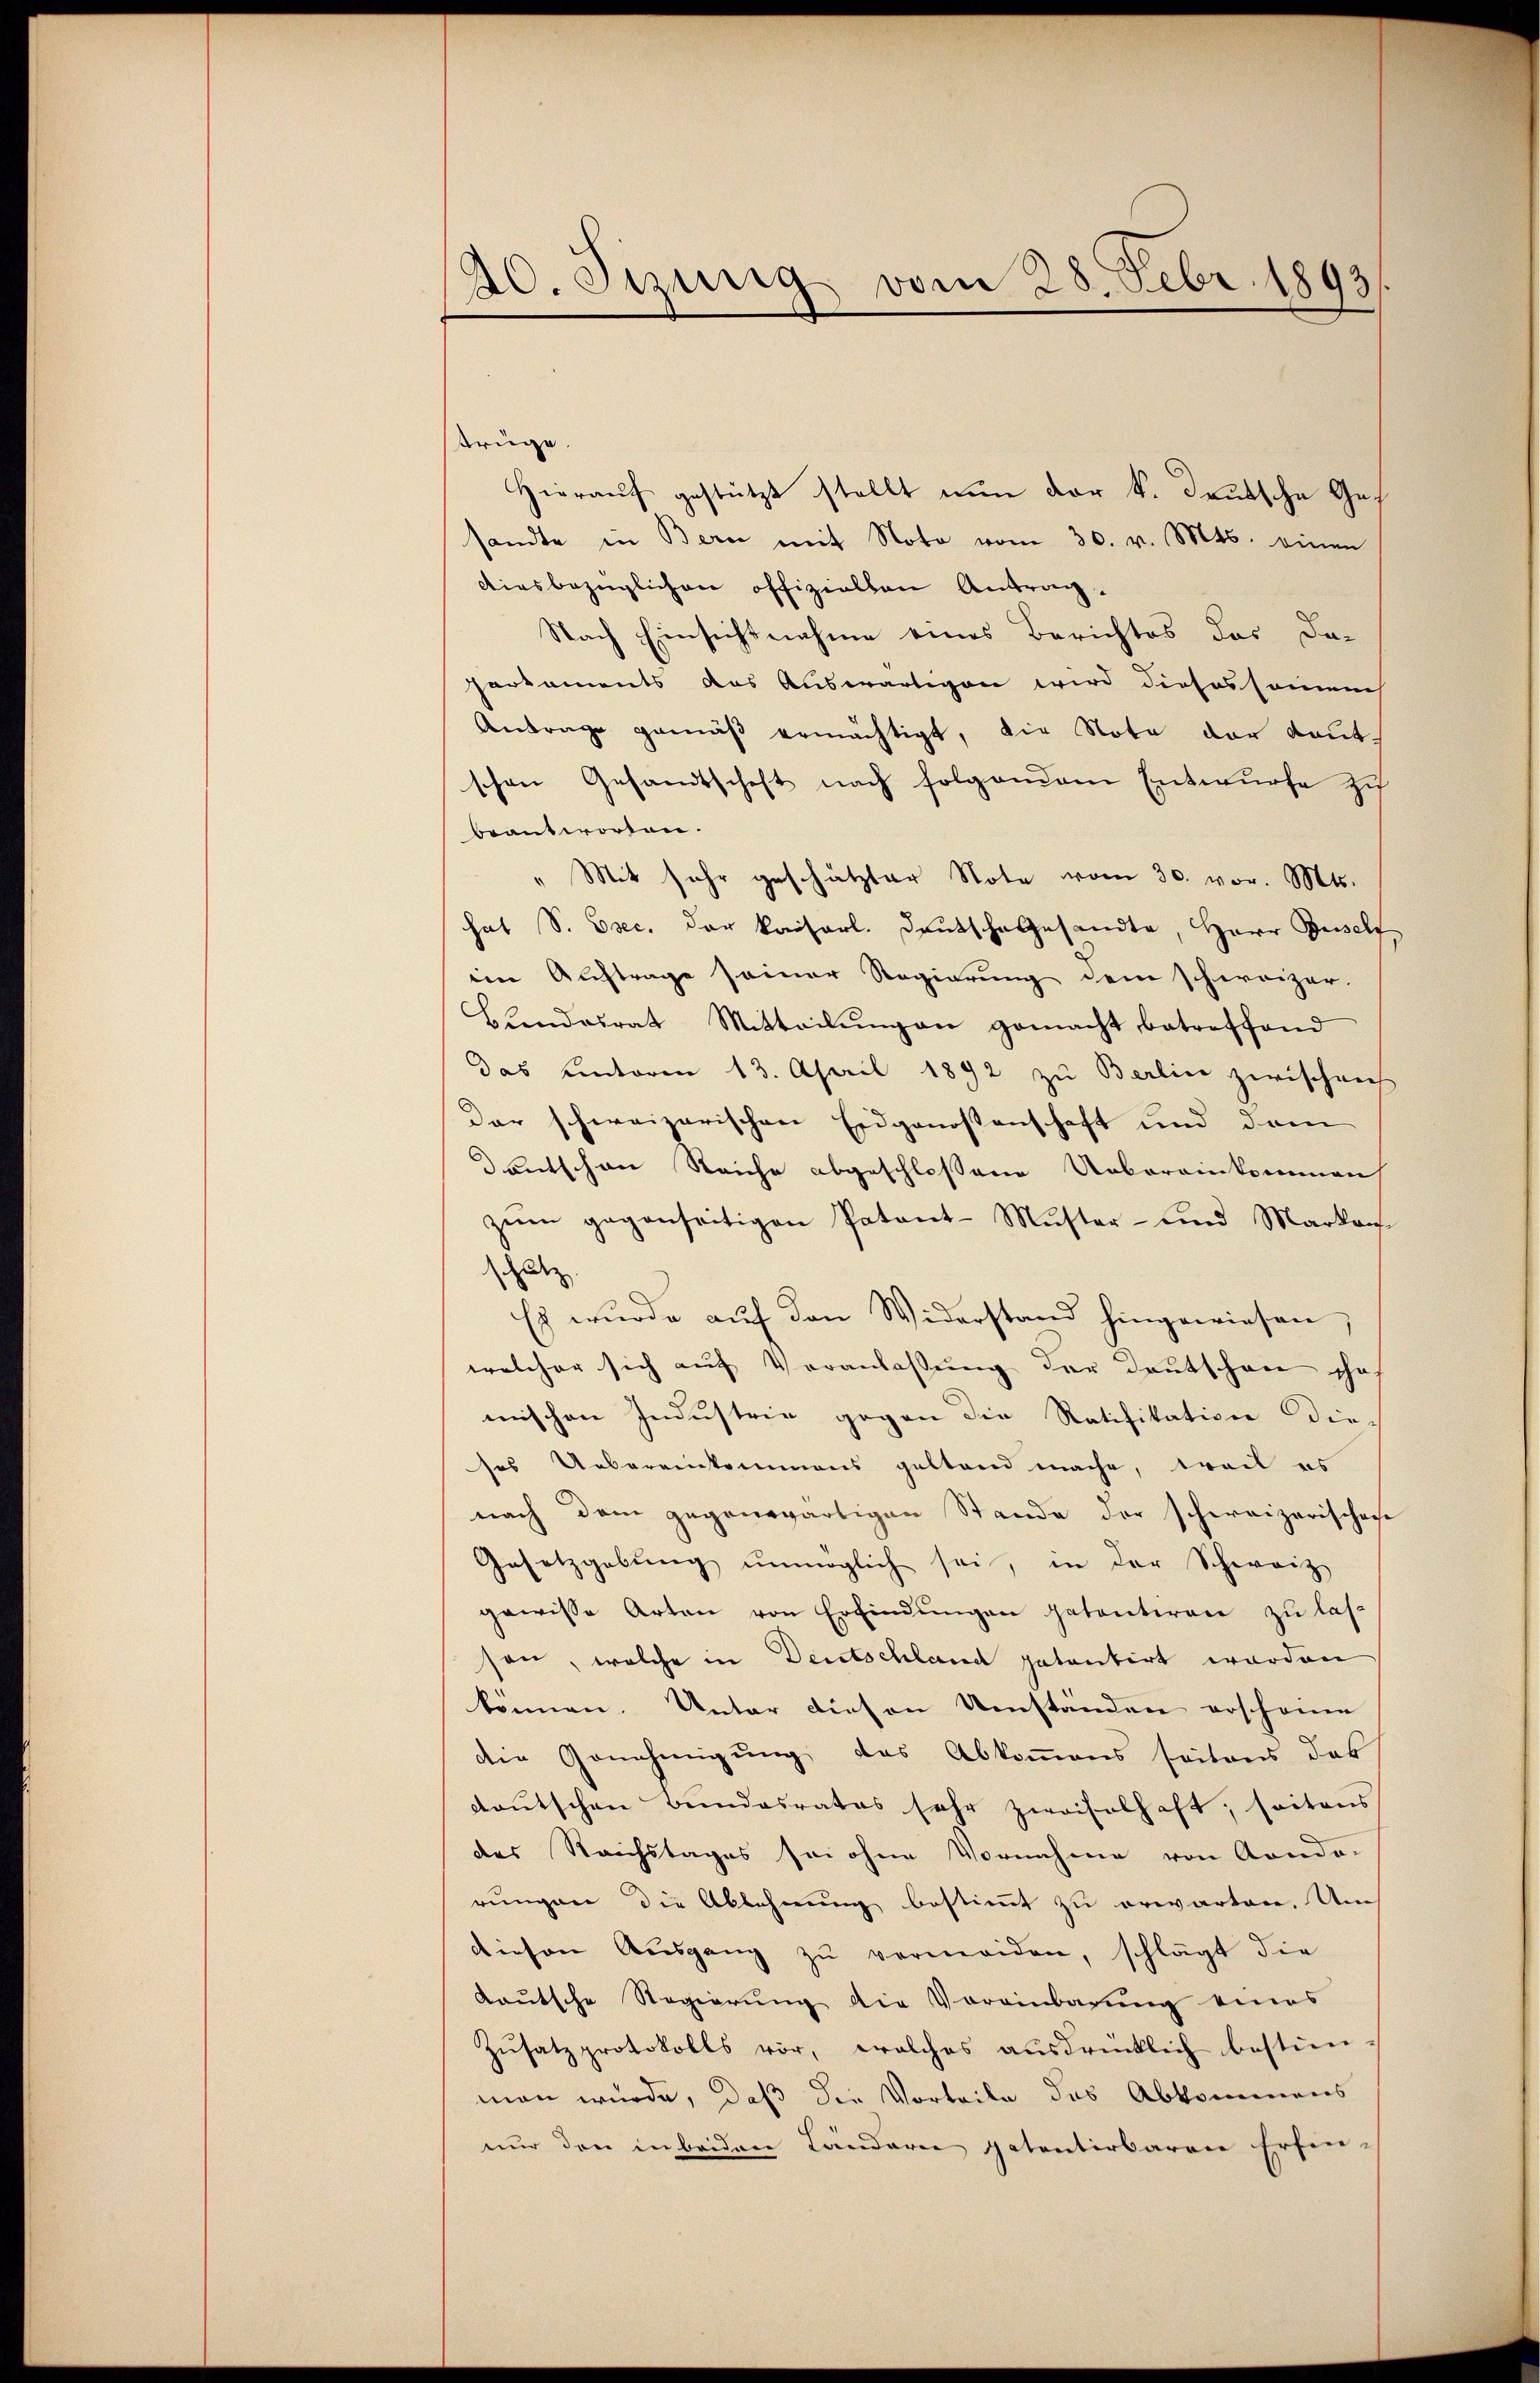
20. Jezung vom 28. Febr. 1893

trüge.
Hieraŭf gestützt stellt nŭn der k. deutsche Ges
sandte in Bern mit Note vom 30. v. Mts. einen
diesbezüglichen offiziellen Antrag.
Nach Einsichtnahme eines Berichtes das Da-
porkaments das Auswärtigen wird diesessamens
Antrage gemäβ ermächtigt, die Note der deutschen Gesamtschaft nach folgendem Entwurfe zu
beantworten.
" Mit sehr geschätzter Note vom 30. vor. Mts.
hat S. Esec. der kaiserl. Deutsche Gesandte, Herr Guself
im Auftrage seiner Regierung dem schweizer-
Bŭndesrat Mitteilŭngen gemacht betreffend
das hinterm 13. April 1892 zu Berlin zwischen
Dar schweizerischen Eidgenossenschaft und dem
entschen Reiche abgeschloßene Uebereinkommen
zem gegenseitigen Patant-Mŭster- und Markauf
ut
Es wurde auf den Widerstand hingewiesen,
welcher sich aŭf Veranlaβŭng der Deutschen schaf
mischen Industrie gegen die Ratifikation dies
ses Uebereinkommens geltend mache, weil es
nach dem gegenwärtigen Stande der schweizerischene
Gesetzgebung unmöglich sei, in der Schweiz
gewisse Arten von Erfindungen getanteren zu lassen, welche in Deutschland patentirt worden
können. Unter diesen Umständen erschönen
die Genehmigung, das Abkommens seitens das
deutschen Bundesrates sehr zweifelhaft, seitens
des Reichstages sei ohne Vornahme von Kondo-
rungen die Ablehnung bestimmt zu erwarten. Um
diesen Ausgang zu vermeiden, schlägt die
Kautsche Regierung die Voreinbarung eines
Zŭsatzprotokolls vor, welches aŭsdrücklich bestim-
man würde, daß die Vorteile des Abkommens
nur den in beiden Ländere patentirbaren Erfin-